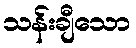
သန်းချီသော